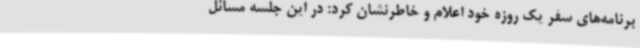
برنامه‌های سفر یک روزه خود اعلام و خاطرنشان کرد: در این جلسه مسائل